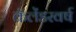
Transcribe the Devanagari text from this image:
कॅलेंडरवर्ष